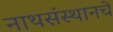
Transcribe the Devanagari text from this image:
नाथसंस्थानचे